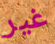
غير